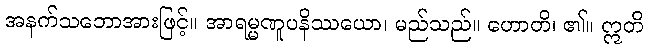
အနက်သဘောအားဖြင့်။ အာရမ္မဏူပနိဿယော၊ မည်သည်။ ဟောတိ၊ ၏။ ဣတိ